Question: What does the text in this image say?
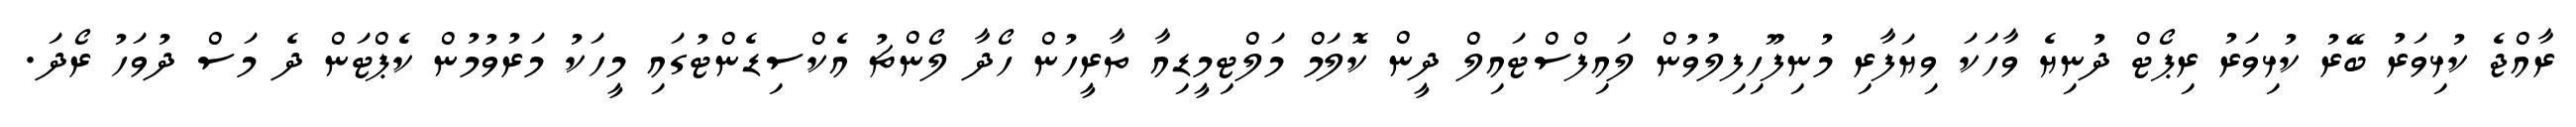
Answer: ރާއްޖެ ކުޅިވަރު ބޭރު ކުޅިވަރު ރިޕޯޓް ދުނިޔެ ވާހަކަ ވިޔަފާރި މުނިފޫހިފިލުވުން ލައިފްސްޓައިލް ދީން ކޮލަމް މަލްޓިމީޑިއާ ތާރީހުން ހޯދާ ލޯންޗު އެކްސިޑެންޓުގައި މީހަކު މަރުވުމުން ކެޕްޓަން ދެ މަސް ދުވަހު ރޯދަ.